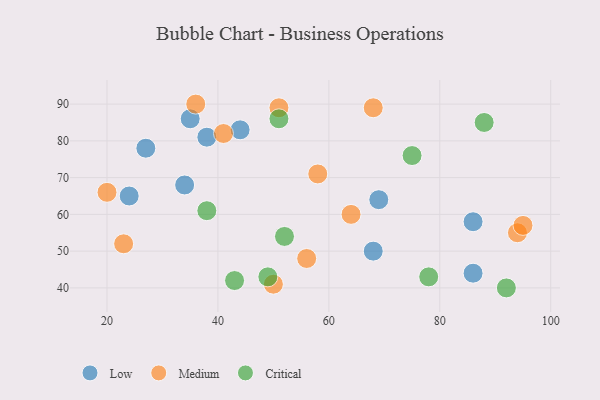
{"axis": {"x": "GDP", "y": "Life Expectancy"}, "legend": ["Critical", "Low", "Medium"], "data": [{"x": "27", "y": 78, "type": "Low"}, {"x": "24", "y": 65, "type": "Low"}, {"x": "44", "y": 83, "type": "Low"}, {"x": "86", "y": 58, "type": "Low"}, {"x": "38", "y": 81, "type": "Low"}, {"x": "68", "y": 50, "type": "Low"}, {"x": "86", "y": 44, "type": "Low"}, {"x": "34", "y": 68, "type": "Low"}, {"x": "69", "y": 64, "type": "Low"}, {"x": "35", "y": 86, "type": "Low"}, {"x": "41", "y": 82, "type": "Medium"}, {"x": "56", "y": 48, "type": "Medium"}, {"x": "50", "y": 41, "type": "Medium"}, {"x": "94", "y": 55, "type": "Medium"}, {"x": "95", "y": 57, "type": "Medium"}, {"x": "20", "y": 66, "type": "Medium"}, {"x": "36", "y": 90, "type": "Medium"}, {"x": "64", "y": 60, "type": "Medium"}, {"x": "68", "y": 89, "type": "Medium"}, {"x": "58", "y": 71, "type": "Medium"}, {"x": "51", "y": 89, "type": "Medium"}, {"x": "23", "y": 52, "type": "Medium"}, {"x": "78", "y": 43, "type": "Critical"}, {"x": "43", "y": 42, "type": "Critical"}, {"x": "49", "y": 43, "type": "Critical"}, {"x": "75", "y": 76, "type": "Critical"}, {"x": "88", "y": 85, "type": "Critical"}, {"x": "92", "y": 40, "type": "Critical"}, {"x": "51", "y": 86, "type": "Critical"}, {"x": "52", "y": 54, "type": "Critical"}, {"x": "38", "y": 61, "type": "Critical"}]}